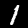
Digit: 1